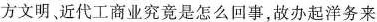
方文明，近代工商业究竟是怎么回事，故办起洋务来